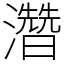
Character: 濳